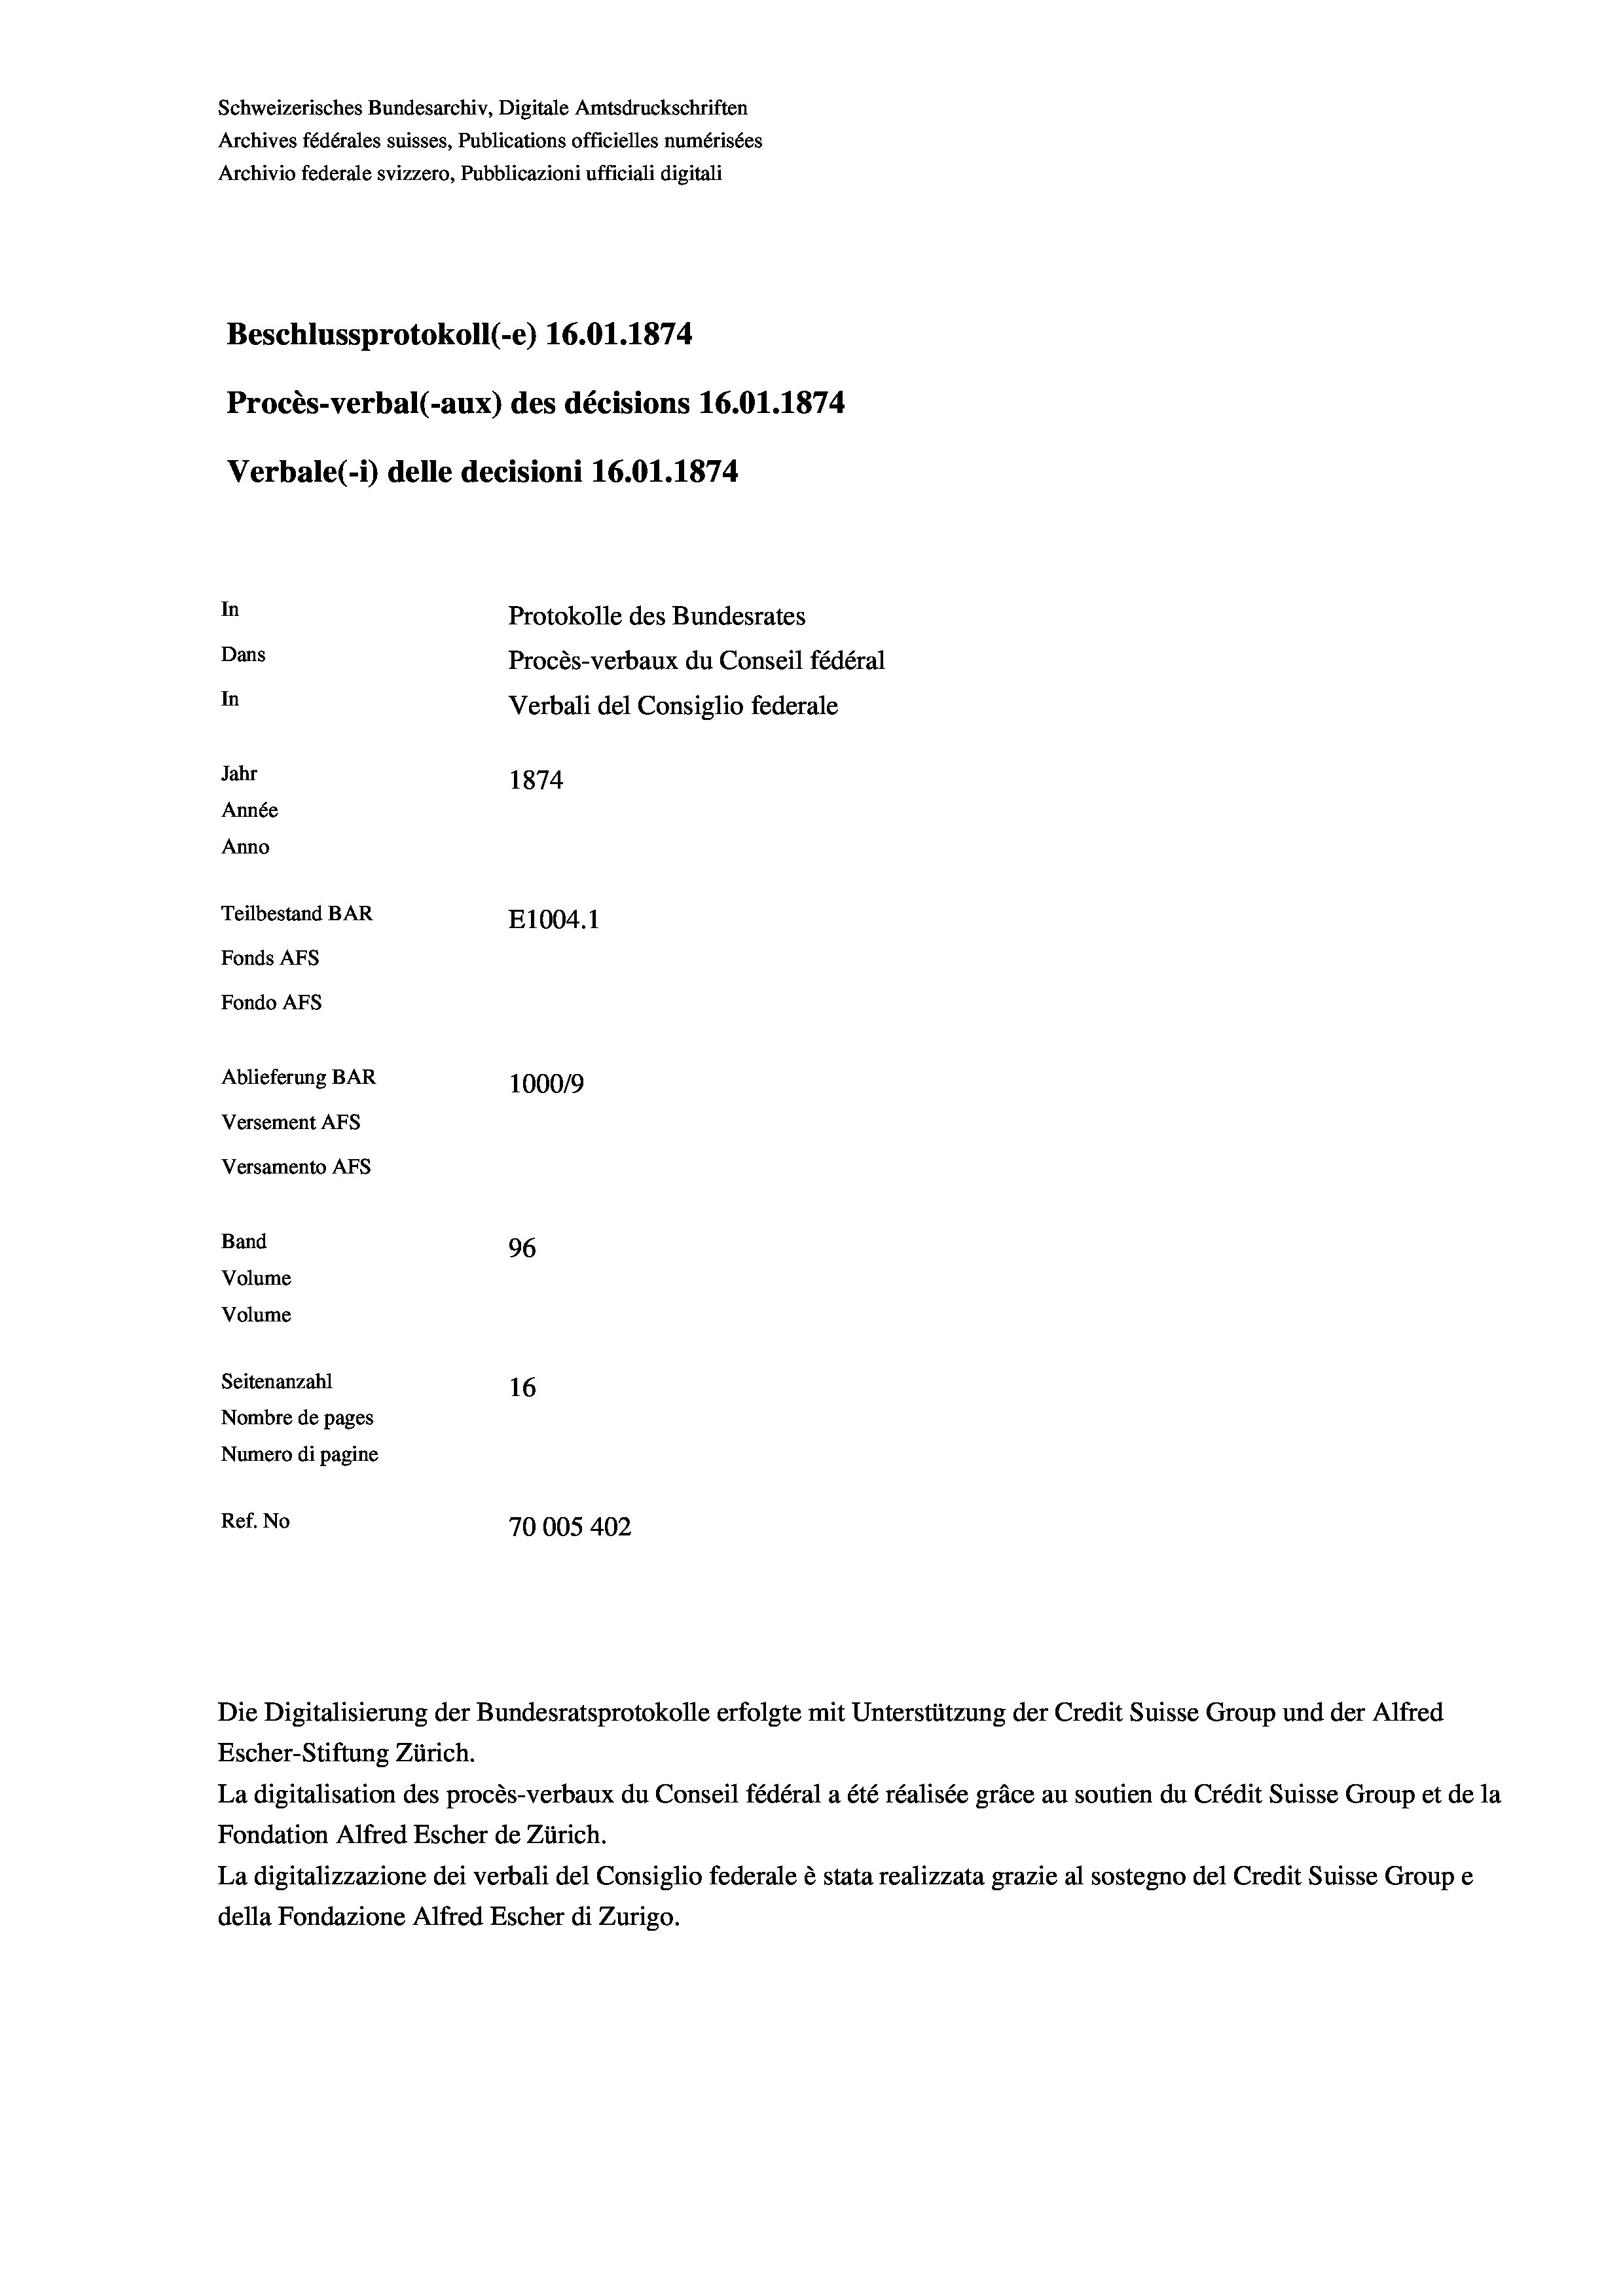
Schweizerisches Bundesarchiv, Digitale Amtsdruckschriften
Archives fédérales suisses, Publications officielles numérisées
Archivio federale svizzero, Pubblicazioni ufficiali digitali
Beschlussprotokoll (-e) 16.01. 1874
Procès-verbal (-aux) des décisions 16.01. 1874
Verbale (1) delle decisioni 16.01. 1874
In
Protokolle des Bundesrates
Dans
Procès-verbaux du Conseil fédéral
In
Verbali del Consiglio federale
Jahr
1874
Année
Anno
Teilbestand BAR
E1004. 1
Fonds AFs
Fondo AFs

Ablieferung BAR
Versement Abs
Versamento Afs
Band
Volume
Volume

1000/9
96
Seitenanzahl
16
Nombre de pages
Numero di pagine
Ref. No
70005 402

Escher-Stiftung Zürich.
La digitalisation des procès-verbaux du Conseil fédéral a été réalisée gräce au soutien du Crédit Suisse Group et de la
Fondation Alfred Escher de Zürich.
La digitalizzazione dei verbali del Consiglio federale è stata realizzata grazie al sostegno del Credit Suisse Groupe
della Fondazione Alfred Escher di Zurigo.

Die Digitalisierung der Bundesratsprotokolle erfolgte mit Unterstützung der Credit Suisse Group und der Alfred